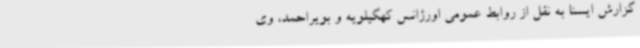
گزارش ایسنا به نقل از روابط عمومی اورژانس کهگیلویه و بویراحمد، وی